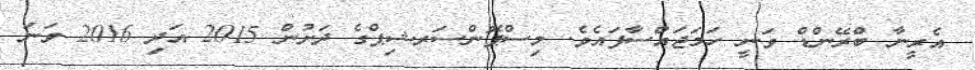
އެރީނާ ބްރޭންޑް ވަނީ ހަމަޖައްސާފައެވެ. މިސްޕޮންސަރޝިޕްގެ ދަށުން 2015 އަދި 2016 ވަނަ